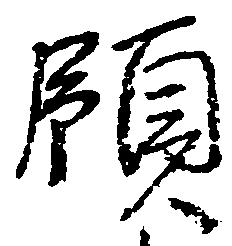
領